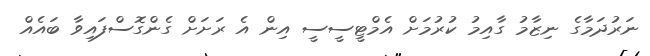
ނަރުދަމާގެ ނިޒާމު ގާއިމު ކުރުމަށް އެމްޓީސީސީ އިން އެ ރަށަށް ގެންގޮސްފައިވާ ބައެއް